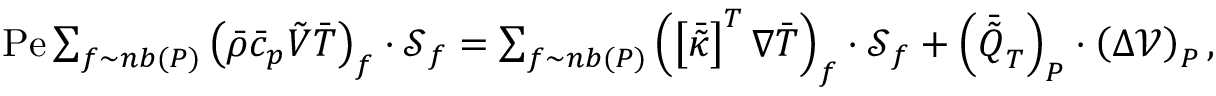
\begin{array} { r } { \mathrm { P e } \sum _ { f \sim n b ( P ) } \left( \Bar { \rho } \Bar { c } _ { p } \boldsymbol { \Tilde { V } } \Bar { T } \right) _ { f } \cdot \boldsymbol { \mathcal { S } } _ { f } = \sum _ { f \sim n b ( P ) } \left( \left[ \boldsymbol { \Bar { \Tilde { \kappa } } } \right] ^ { T } \boldsymbol { \nabla } \Bar { T } \right) _ { f } \cdot \boldsymbol { \mathcal { S } } _ { f } + \left( \Bar { \Tilde { Q } } _ { T } \right) _ { P } \cdot \left( \Delta \mathcal { V } \right) _ { P } , } \end{array}